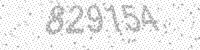
Solution: 829154